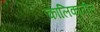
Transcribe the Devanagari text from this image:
कालिकातील